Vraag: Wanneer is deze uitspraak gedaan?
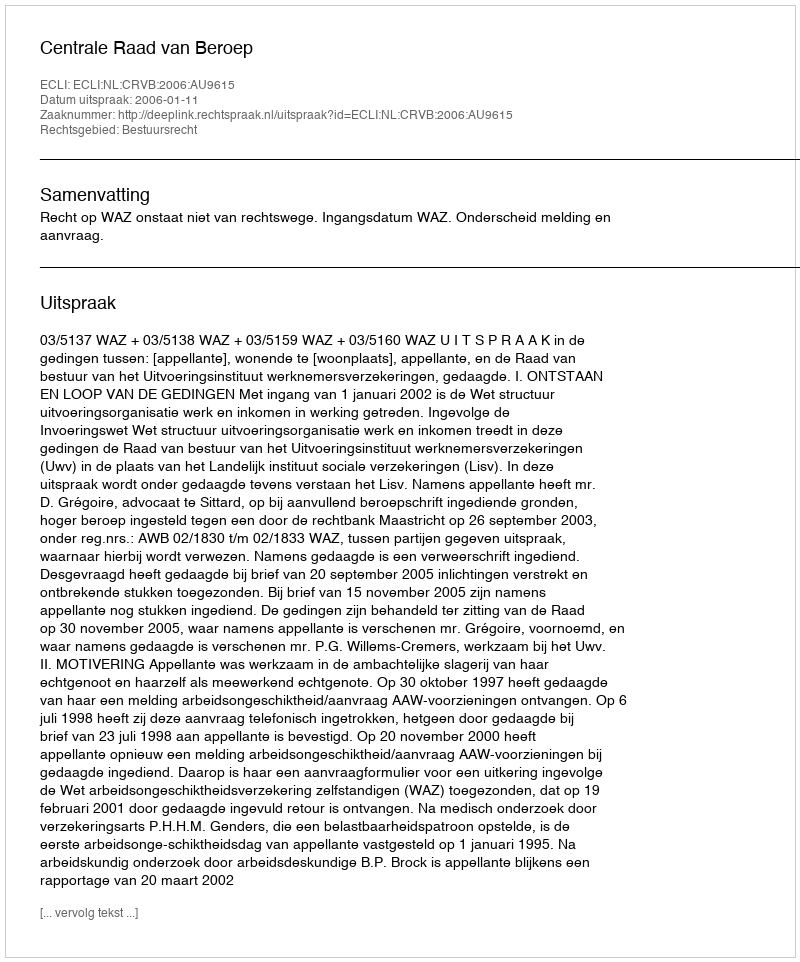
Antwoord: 2006-01-11